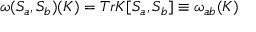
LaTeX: { \omega } ( S _ { a } , S _ { b } ) ( K ) = T r K [ S _ { a } , S _ { b } ] \equiv \omega _ { a b } ( K )